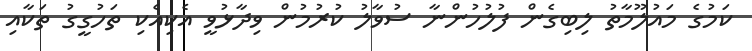
ކަމުގެ މައުލޫމާތު ލިބިގެން ފުލުހުންނާ ސުވާލު ކުރުމުން ވިދާޅުވީ އެކިއެކި ތަހުގީގު ތަކާއި